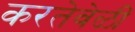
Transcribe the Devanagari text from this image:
करतेवेळीं